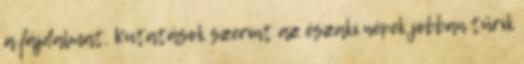
a fájdalmat. Kutatások szerint az északi népek jobban tűrik